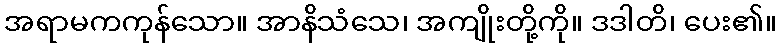
အရာမကကုန်သော။ အာနိသံသေ၊ အကျိုးတို့ကို။ ဒဒါတိ၊ ပေး၏။